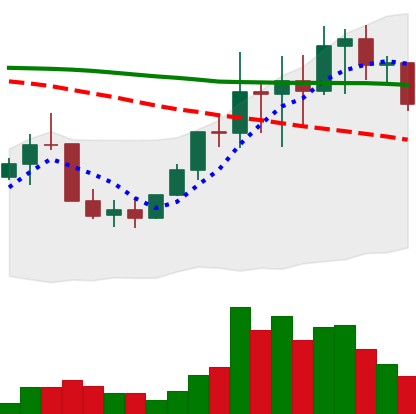
Ticker: LINK-USD
Chart end date: 2022-01-13
Forward return: -7.515%
Label: down_7plus